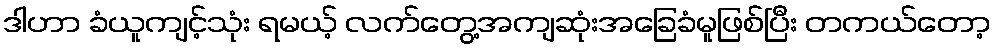
ဒါဟာ ခံယူကျင့်သုံး ရမယ့် လက်တွေ့အကျဆုံးအခြေခံမူဖြစ်ပြီး တကယ်တော့